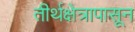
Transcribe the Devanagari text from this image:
तीर्थक्षेत्रापासून